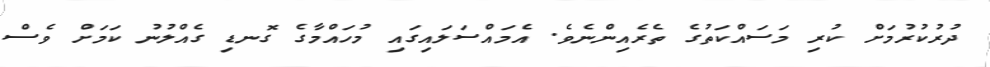
ދުރުކުރުމަށް ކުރި މަސައްކަތުގެ ތެރެއިންނެވެ. އެމައްސަލައިގައި މުހައްމާގެ ގޮނޑި ގެއްލުނު ކަމަށް ވެސް